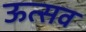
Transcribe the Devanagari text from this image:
ऊत्सव